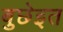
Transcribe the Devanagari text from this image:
बुछेइत